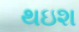
થઇશ